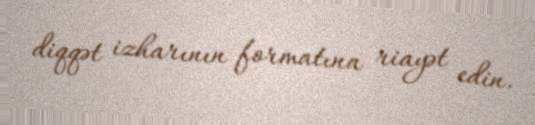
diqqət izharının formatına riayət edin.